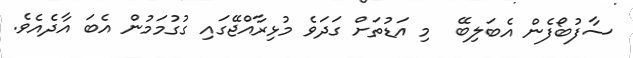
ސާފުބޯފެން އެބަލިބޭ  މި އަޑުތަށް ގަދަވެ މުޅިރާއްޖޭގައި ގުގުމަމުން އެބަ އާދެއެވެ.